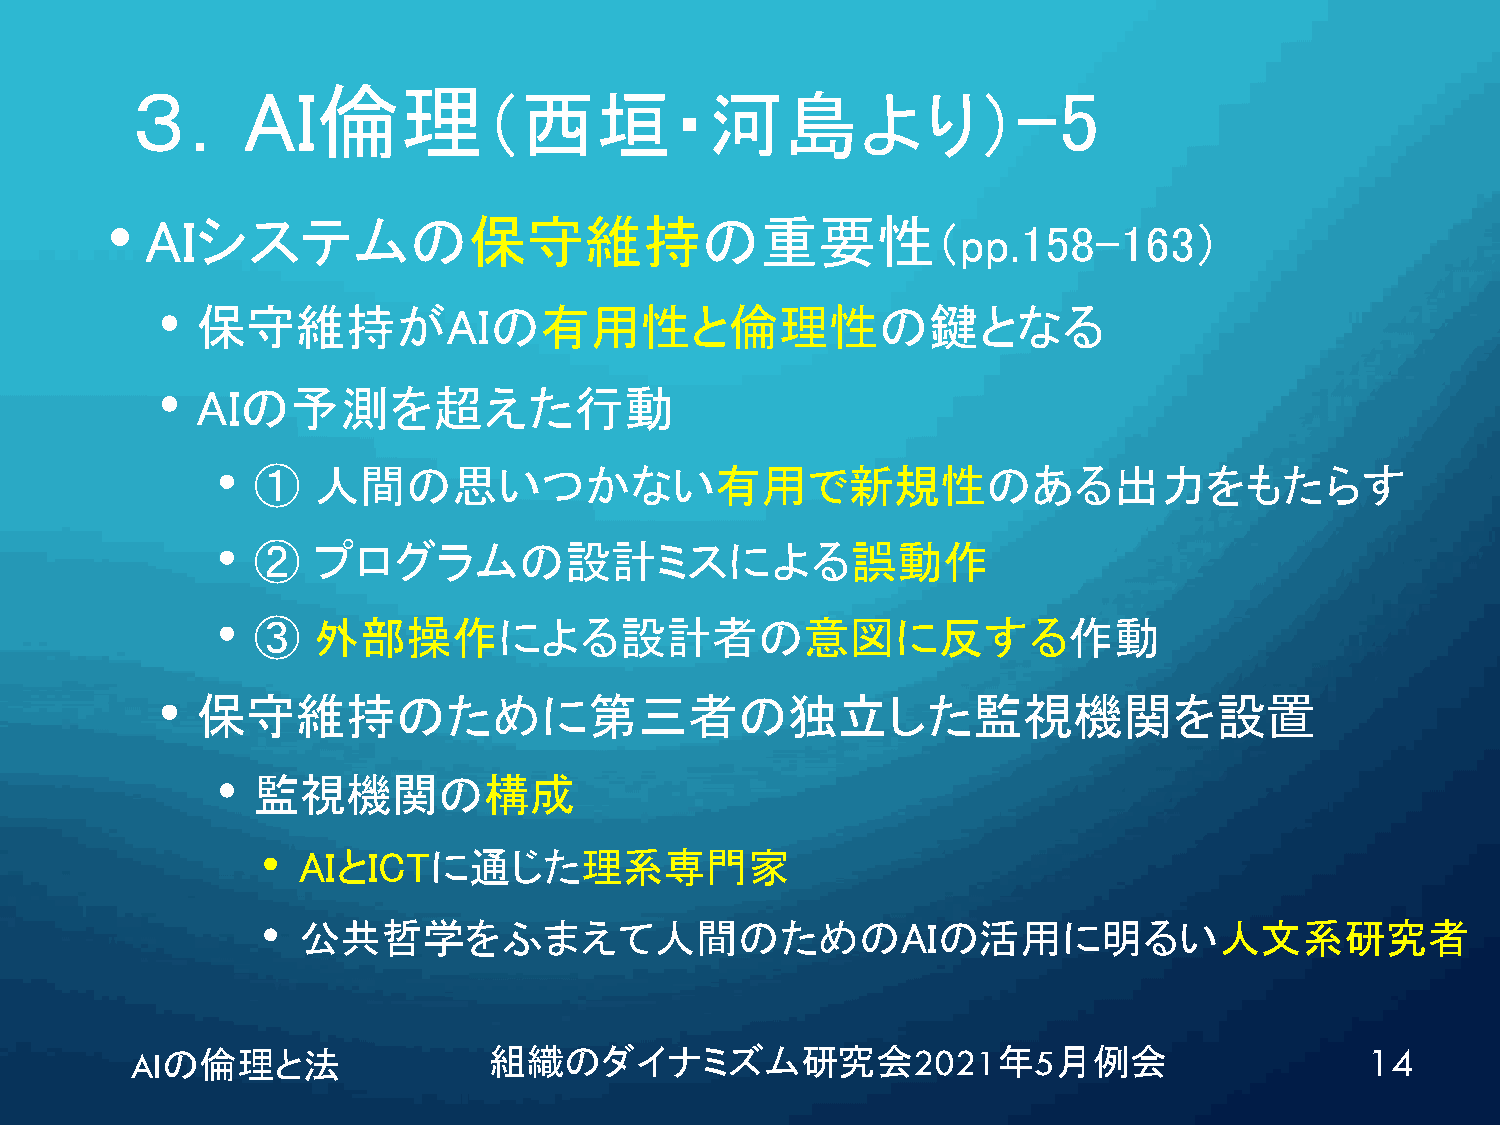
３．AI倫理                                                    -5
 （西垣・河島より）
 •
 AIシステムの保守維持の重要性
 （pp.158-163）
 •
 保守維持がAIの有用性と倫理性の鍵となる
 •
 AIの予測を超えた行動
 •  ①   人間の思いつかない有用で新規性のある出力をもたらす
 •  ②   プログラムの設計ミスによる誤動作
 •  ③   外部操作による設計者の意図に反する作動
 •
 保守維持のために第三者の独立した監視機関を設置
 •  監視機関の構成
 •  AIとICTに通じた理系専門家
 •  公共哲学をふまえて人間のためのAIの活用に明るい人文系研究者
 AIの倫理と法                組織のダイナミズム研究会2021年5月例会                                      14